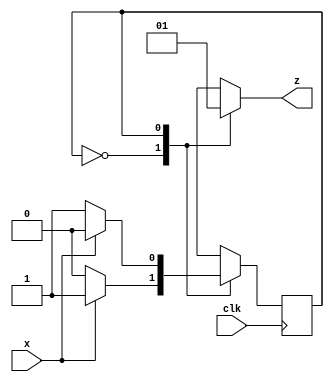
`timescale 1ns / 1ps

module parity_check(
    input x, clk,
    output reg z
    );
    
    reg even_odd; // state machine
    parameter Even = 0, Odd = 1;
    
    always @ (posedge clk)
        case (even_odd)
            Even: even_odd <= x ? Odd : Even;   // if in even state but encountered odd no. of 1, hence 
                                                // change the state to odd, else remain in the same state and vice versa 
            Odd: even_odd <= x ? Even : Odd;
            default: even_odd <= Even;
        endcase
    
    always @ (even_odd)
        case(even_odd)
            Even: z = 0;
            Odd: z = 1; 
        endcase   
endmodule